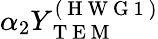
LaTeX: \alpha_{2}Y_{\mathrm{~T~E~M~}}^{(\mathrm{~H~W~G~1~})}